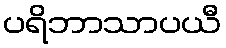
ပရိဘာသာပယီ